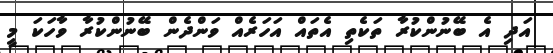
އަދި އެ ބޭނުންކުރާ ތަކެތި އެތައް އަހަރެއް ވަންދެން ބޭނުންކުރާ ވާހަކަ މީ